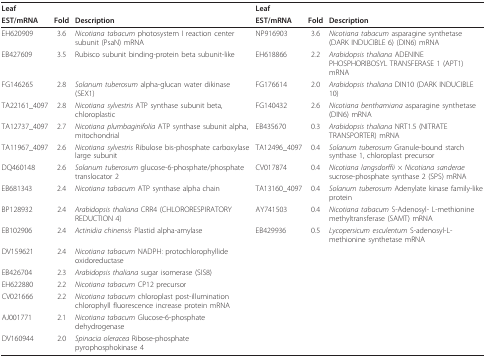
<table><thead><tr><td><b>Leaf</b></td><td></td><td></td><td><b>Leaf</b></td><td></td><td></td></tr><tr><td><b>EST/mRNA</b></td><td><b>Fold</b></td><td><b>Description</b></td><td><b>EST/mRNA</b></td><td><b>Fold</b></td><td><b>Description</b></td></tr></thead><tbody><tr><td>EH620909</td><td>3.6</td><td><i>Nicotiana tabacum </i>photosystem I reaction center subunit (PsaN) mRNA</td><td>NP916903</td><td>3.6</td><td><i>Nicotiana tabacum </i>asparagine synthetase (DARK INDUCIBLE 6) (DIN6) mRNA</td></tr><tr><td>EB427609</td><td>3.5</td><td>Rubisco subunit binding-protein beta subunit-like</td><td>EH618866</td><td>2.2</td><td><i>Arabidopsis thaliana </i>ADENINE PHOSPHORIBOSYL TRANSFERASE 1 (APT1) mRNA</td></tr><tr><td>FG146265</td><td>2.8</td><td><i>Solanum tuberosum </i>alpha-glucan water dikinase (SEX1)</td><td>FG176614</td><td>2.0</td><td><i>Arabidopsis thaliana </i>DIN10 (DARK INDUCIBLE 10)</td></tr><tr><td>TA22161_4097</td><td>2.8</td><td><i>Nicotiana sylvestris </i>ATP synthase subunit beta, chloroplastic</td><td>FG140432</td><td>2.6</td><td><i>Nicotiana benthamiana </i>asparagine synthetase (DIN6) mRNA</td></tr><tr><td>TA12737_4097</td><td>2.7</td><td><i>Nicotiana plumbaginifolia </i>ATP synthase subunit alpha, mitochondrial</td><td>EB435670</td><td>0.3</td><td><i>Arabidopsis thaliana </i>NRT1.5 (NITRATE TRANSPORTER) mRNA</td></tr><tr><td>TA11967_4097</td><td>2.6</td><td><i>Nicotiana sylvestris </i>Ribulose bis-phosphate carboxylase large subunit</td><td>TA12496_4097</td><td>0.4</td><td><i>Solanum tuberosum </i>Granule-bound starch synthase 1, chloroplast precursor</td></tr><tr><td>DQ460148</td><td>2.6</td><td><i>Solanum tuberosum </i>glucose-6-phosphate/phosphate translocator 2</td><td>CV017874</td><td>0.4</td><td><i>Nicotiana langsdorffii × Nicotiana sanderae </i>sucrose-phosphate synthase 2 (SPS) mRNA</td></tr><tr><td>EB681343</td><td>2.4</td><td><i>Nicotiana tabacum </i>ATP synthase alpha chain</td><td>TA13160_4097</td><td>0.4</td><td><i>Solanum tuberosum </i>Adenylate kinase family-like protein</td></tr><tr><td>BP128932</td><td>2.4</td><td><i>Arabidopsis thaliana </i>CRR4 (CHLORORESPIRATORY REDUCTION 4)</td><td>AY741503</td><td>0.4</td><td><i>Nicotiana tabacum </i>S-Adenosyl- L-methionine methyltransferase (SAMT) mRNA</td></tr><tr><td>EB102906</td><td>2.4</td><td><i>Actinidia chinensis </i>Plastid alpha-amylase</td><td>EB429936</td><td>0.5</td><td><i>Lycopersicum esculentum </i>S-adenosyl-L-methionine synthetase mRNA</td></tr><tr><td>DV159621</td><td>2.4</td><td><i>Nicotiana tabacum </i>NADPH: protochlorophyllide oxidoreductase</td><td></td><td></td><td></td></tr><tr><td>EB426704</td><td>2.3</td><td><i>Arabidopsis thaliana </i>sugar isomerase (SIS8)</td><td></td><td></td><td></td></tr><tr><td>EH622880</td><td>2.2</td><td><i>Nicotiana tabacum </i>CP12 precursor</td><td></td><td></td><td></td></tr><tr><td>CV021666</td><td>2.2</td><td><i>Nicotiana tabacum </i>chloroplast post-illumination chlorophyll fluorescence increase protein mRNA</td><td></td><td></td><td></td></tr><tr><td>AJ001771</td><td>2.1</td><td><i>Nicotiana tabacum </i>Glucose-6-phosphate dehydrogenase</td><td></td><td></td><td></td></tr><tr><td>DV160944</td><td>2.0</td><td><i>Spinacia oleracea </i>Ribose-phosphate pyrophosphokinase 4</td><td></td><td></td><td></td></tr></tbody></table>